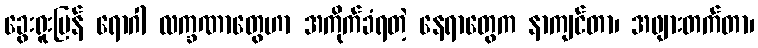
ခွေးရူးပြန် ရောဂါ လက္ခဏာတွေဟာ အကိုက်ခံရတဲ့ နေရာတွေက နာကျင်တာ၊ အဖျားတက်တာ၊